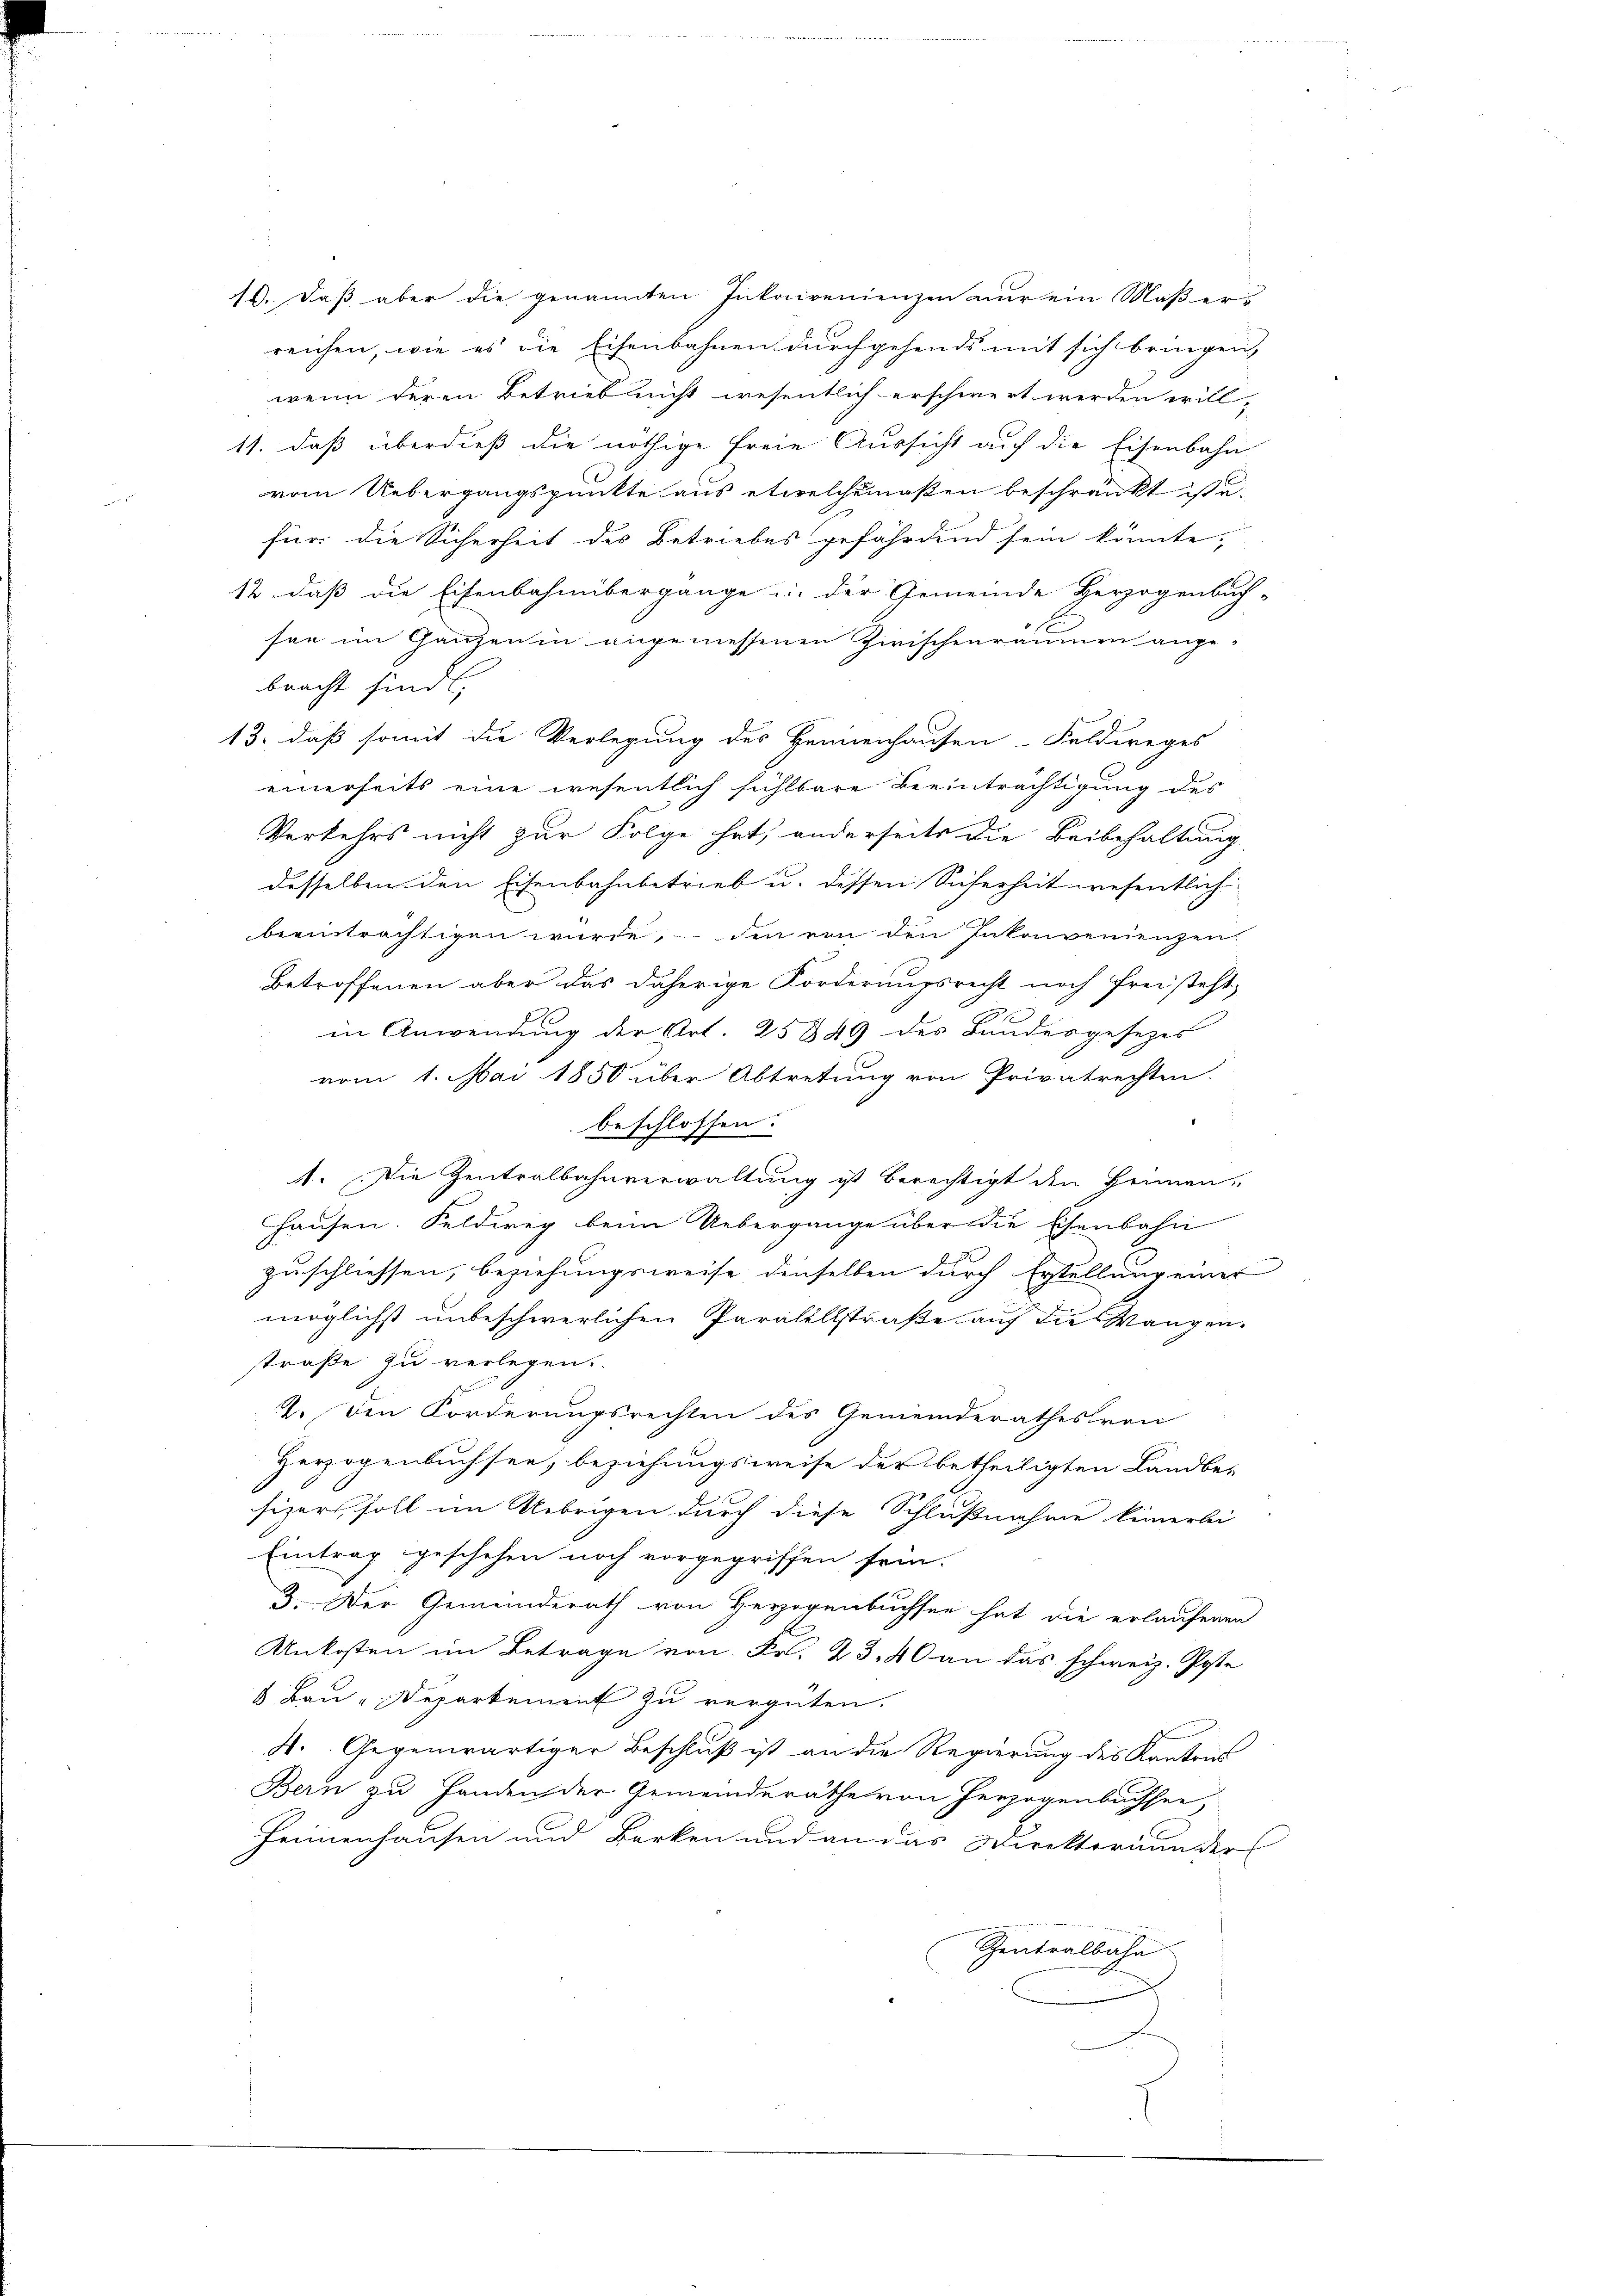
reichen, wie es die Eisenbahnen durchgehends mit sich bringen,
wenn deren Betrieb nicht wesentlich erschwert werden will-
11. daß überdieß die nöthige Freie Aussicht auf die Eisenbahn
vom Uebergangspunkte aus etwelchemaßen beschränkt ist u.
für die Sicherheit des Betriebes gefährdend sein könnte,
12 dass die Eisenbahnübergange der Gemeinde Herzogenbuch-
see im Ganzen in angemessenen Zwischenräumen ange-
bracht sind,
13., daß somit die Verlegung des Hennenhausen-Feldweges
einerseits eine wesentlich fühlbare Beeinträchtigung des
Verkehrs nicht zur Folge hat, anderseits die Beibehaltung
desselben den Eisenbahnbetrieb u. dessen Sicherheit wesentlich
beeinträchtigen würde, den von den Inkonvenienzen
Betroffenen aber das daherige Forderungsrecht noch freisteht,
1
in Anwendung der Art. 25849 des Bundesgesezes
vom 1. Mai 1850 über Abtretung von Privatrechten.
beschlossen:
1. Die Zentralbahnverwaltung ist berechtigt den Heimen-
Hausen. Feldweg beim Uebergange über die Eisenbahn
zuschliessen, beziehungsweise denselben durch Erstelleur einer
möglichst unbeschwerlichen Paralellstraße auf die Wangen-
straße zu verlegen.
22. Den Forderungsrechten des Gemeinderathes von
Herzogenbuchsee, beziehungsweise der betheiligten Landbe-
sizers soll im Uebrigen durch diese Schlußnahme keinerlei
Eintrag geschehen noch vorgegriffen sein.
3. Der Gemeinderath von Herzogenbuchsee hat die erlaufenen
Unkosten im Betrage von Fr. 23, 40 an das schweiz. Poste
6 Bau-Departement zu vergüten.
4. Gegenwärtiger Beschluß ist an die Regierung des Kantons
Bern zu Handen der Gemeinderäthe von Herzogenbachsee,
Fennenhausen und Barken und an das Direkterium ders
Zentralbahn

18. Daß aber die genannten Inkaivenienzen nur ein Maßers